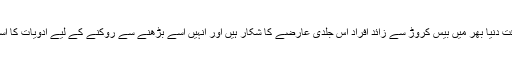
خیال رہے کہ اس وقت دنیا بھر میں بیس کروڑ سے زائد افراد اس جلدی عارضے کا شکار ہیں اور انہیں اسے بڑھنے سے روکنے کے لیے ادویات کا استعمال کرنا پڑتا ہے۔